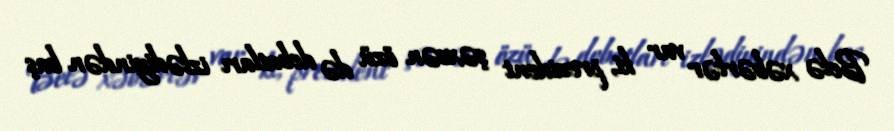
Belə xəbərlər var ki, prezident şəxsən özü də debatları izlədiyindən baş